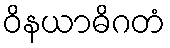
ဝိနယာဓိဂတံ